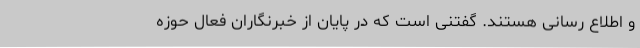
و اطلاع رسانی هستند. گفتنی است که در پایان از خبرنگاران فعال حوزه